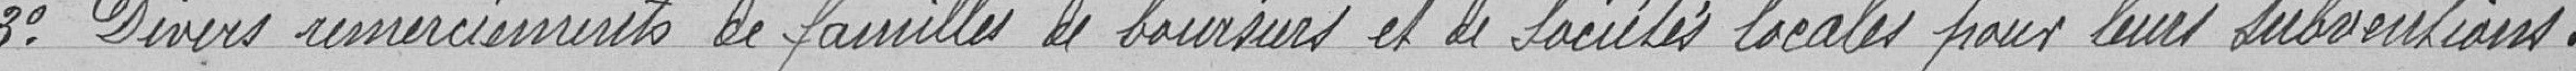
3 Divers remerciements de familles de boursiers et de sociétés locales pour leurs subventions